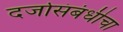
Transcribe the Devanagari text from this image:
दर्जासंबंधीचा